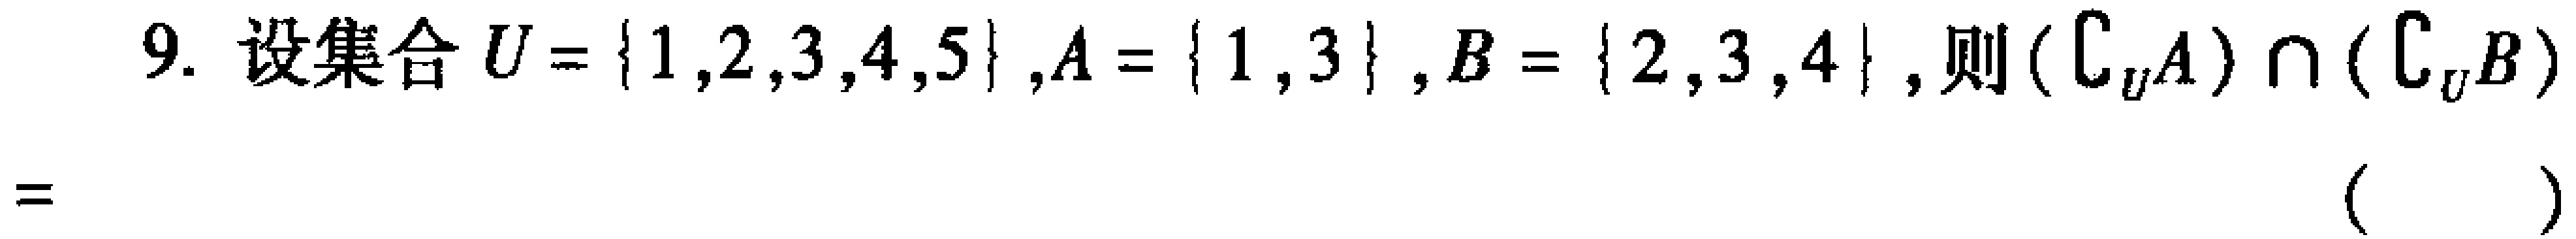
9. 设集合\(U = \{1,2,3,4,5\}\),\(A = \{1,3\}\),\(B = \{2,3,4\}\), 则\((\complement_U A)\cap(\complement_U B)\)
\(=\) （  ）